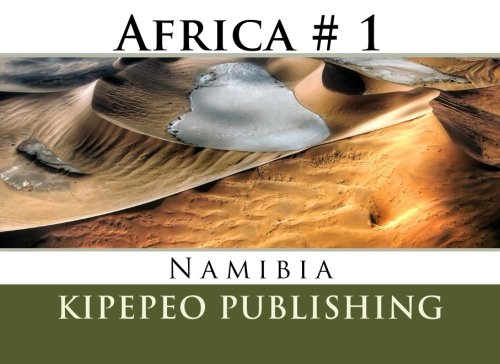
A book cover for Africa # 1: Namibia (Volume 1); Kipepeo Publishing; Travel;